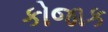
કોજાક